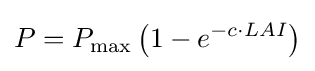
P=P_{\max }\left(1-e^{-c\cdot LAI}\right)